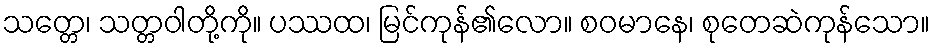
သတ္တေ၊ သတ္တဝါတို့ကို။ ပဿထ၊ မြင်ကုန်၏လော။ စဝမာနေ၊ စုတေဆဲကုန်သော။